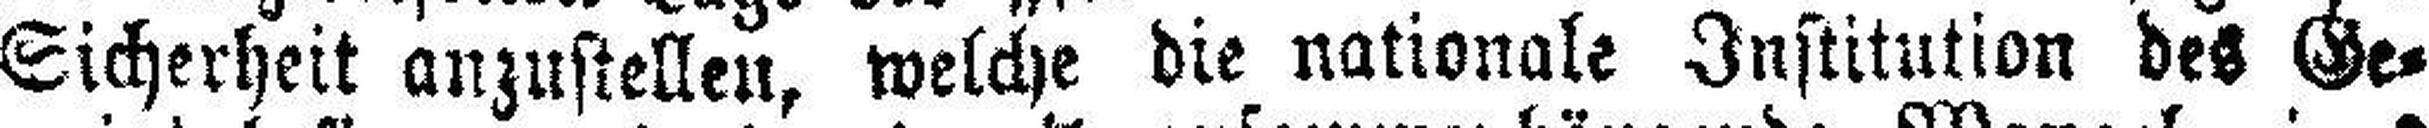
Sicherheit anzustellen, welche die nationale Institution des Ge¬